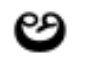
అ